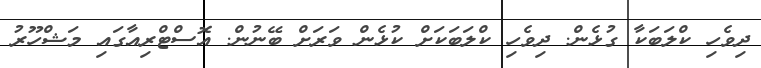
ދިވެހި ކްލަބަކާ ގުޅެން. ދިވެހި ކްލަބަކަށް ކުޅެން ވަރަށް ބޭނުން. އޮސްޓްރިއާގައި މަޝްހޫރު